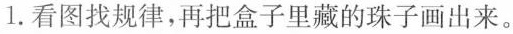
1.看图找规律，再把盒子里藏的珠子画出来。